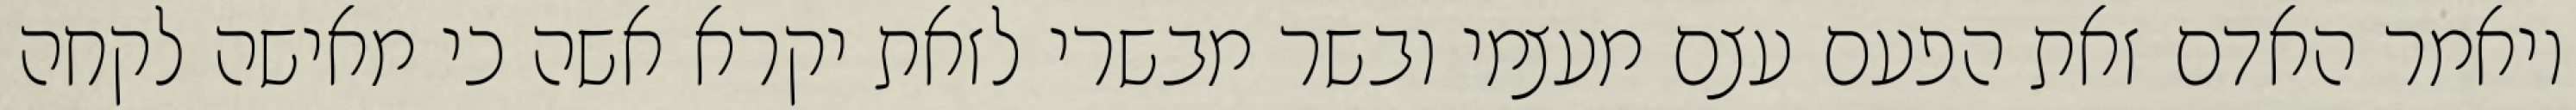
ויאמר האדם זאת הפעם עצם מעצמי ובשר מבשרי לזאת יקרא אשה כי מאישה לקחה